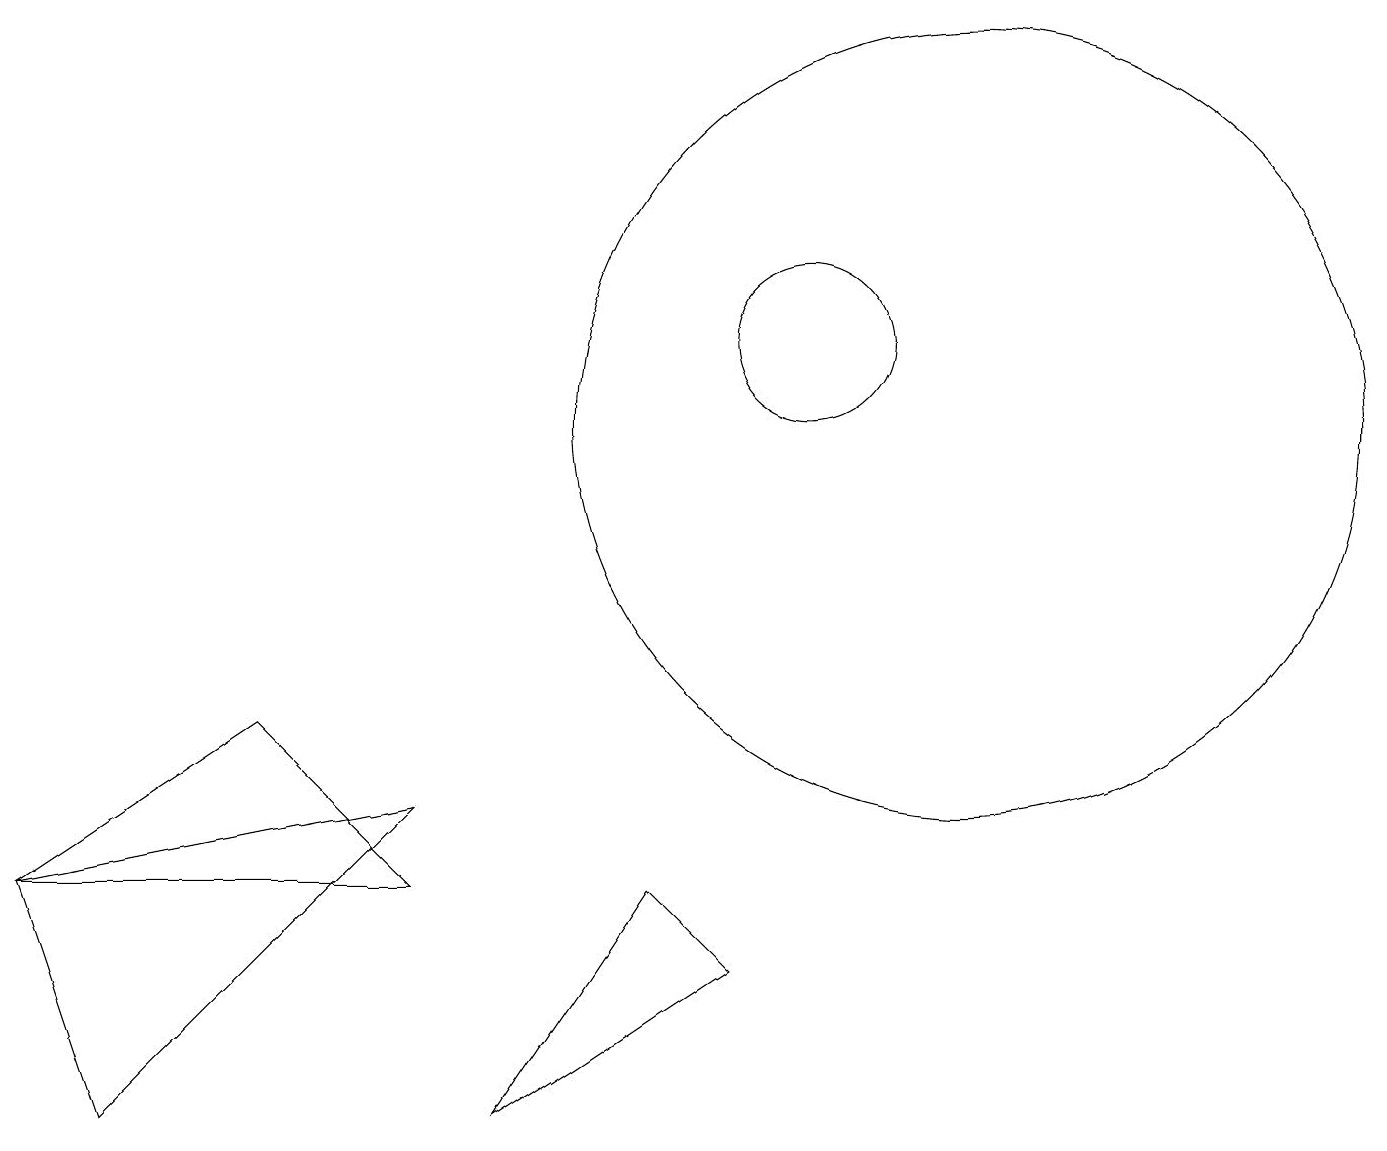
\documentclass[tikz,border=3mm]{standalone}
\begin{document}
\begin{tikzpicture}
\draw (5,4) -- (0,4) -- (3,6) -- cycle;
\draw (10,11) circle (1);
\draw (10,10) circle (0);
\draw (0,4) -- (5,5) -- (1,1) -- cycle;
\draw (12,10) circle (5);
\draw (8,4) -- (9,3) -- (6,1) -- cycle;
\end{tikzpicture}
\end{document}